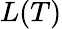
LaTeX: L(T)